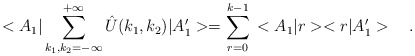
\begin{align*}<A_1|\sum_{k_1,k_2=-\infty}^{+\infty}\hat{U}(k_1,k_2)|A_1'>=\sum_{r=0}^{k-1}\,<A_1|r><r|A_1'>\ \ \ .\end{align*}